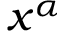
x ^ { \alpha }